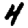
Digit: 4